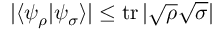
| \langle \psi _ { \rho } | \psi _ { \sigma } \rangle | \leq \operatorname { t r } | { \sqrt { \rho } } { \sqrt { \sigma } } |